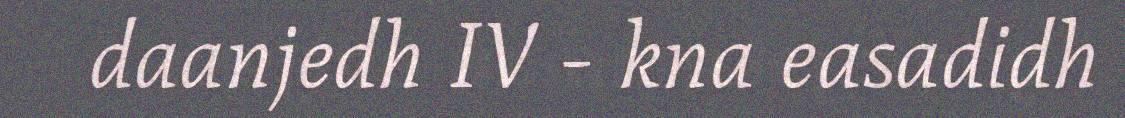
daanjedh IV - kna easadidh